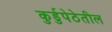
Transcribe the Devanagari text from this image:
कुर्डुपेठेतील